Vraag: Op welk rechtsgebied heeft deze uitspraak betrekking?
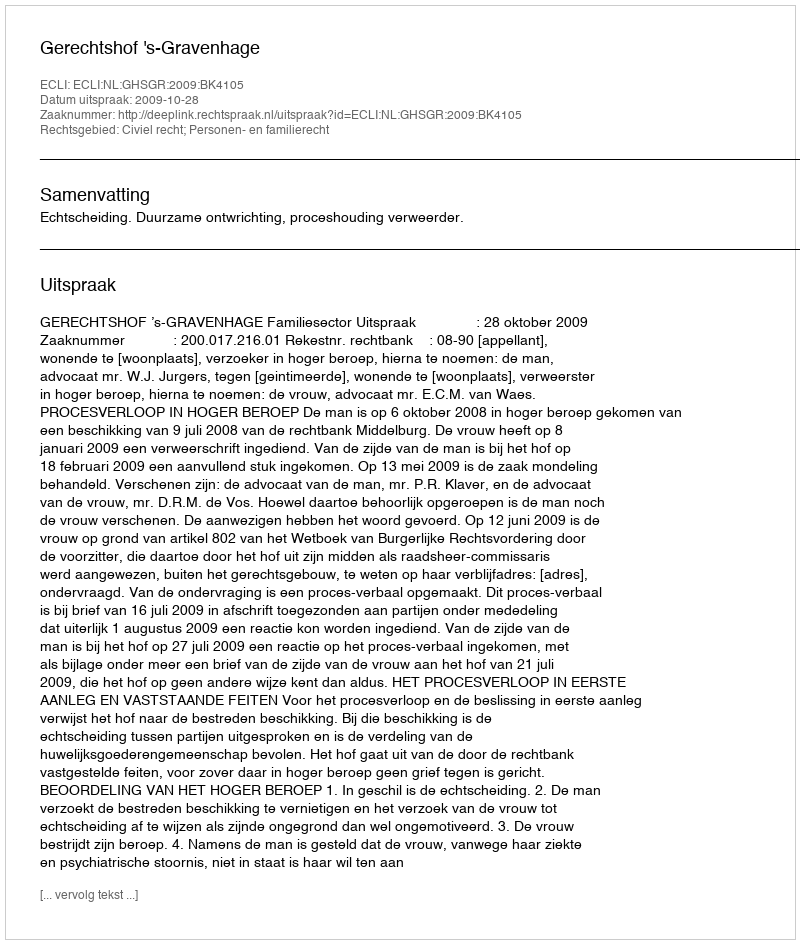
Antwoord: Civiel recht; Personen- en familierecht